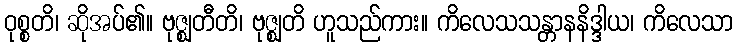
ဝုစ္စတိ၊ ဆိုအပ်၏။ ဗုဇ္ဈတီတိ၊ ဗုဇ္ဈတိ ဟူသည်ကား။ ကိလေသသန္တာနနိဒ္ဒါယ၊ ကိလေသာ